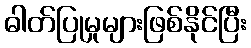
ဓါတ်ပြုမှုများဖြစ်နိုင်ပြီး